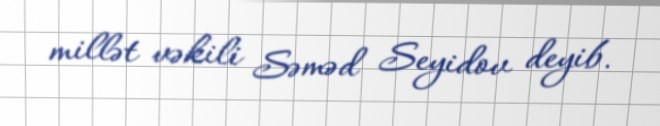
millət vəkili Səməd Seyidov deyib.